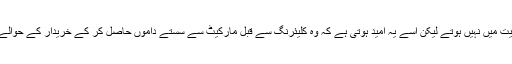
اس میں فروخت کنندہ ایسے شیئرز بیچ دیتا ہے جو اس کی ملکیت میں نہیں ہوتے لیکن اسے یہ اُمید ہوتی ہے کہ وہ کلیئرنگ سے قبل مارکیٹ سے سستے داموں حاصل کر کے خریدار کے حوالے کر دے گا ،یہ غیر ملکیتی شیئرز کی بیع ہے جو ناجائز ہے ۔